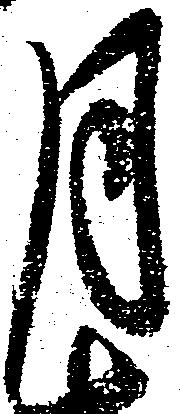
月